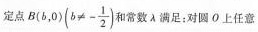
定点B(b,0)($$b ≠ - \frac { 1 } { 2 }$$) 常数λ满足：对圆О上任意